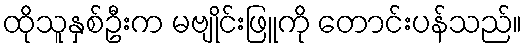
ထိုသူနှစ်ဦးက မဗျိုင်းဖြူကို တောင်းပန်သည်။